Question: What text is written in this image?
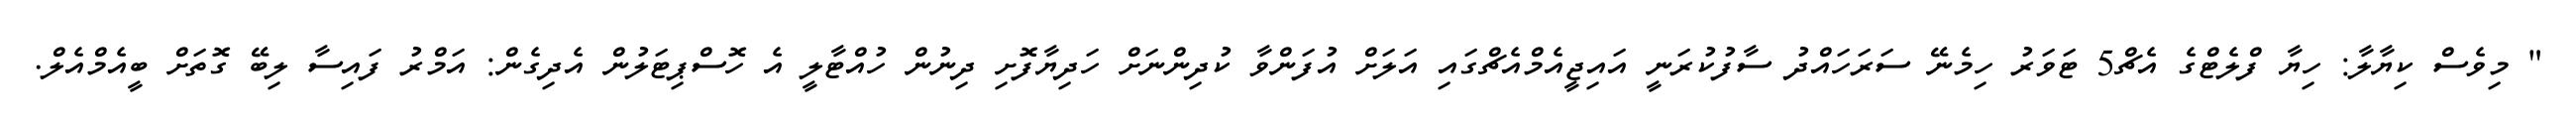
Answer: " މިވެސް ކިޔާލާ: ހިޔާ ފްލެޓްގެ އެޗް5 ޓަވަރު ހިމެނޭ ސަރަހައްދު ސާފުކުރަނީ އައިޖީއެމްއެޗްގައި އަލަށް އުފަންވާ ކުދިންނަށް ހަދިޔާފޮށި ދިނުން ހުއްޓާލީ އެ ހޮސްޕިޓަލުން އެދިގެން: އަމްރު ފައިސާ ލިބޭ ގޮތަށް ބީއެމްއެލް.